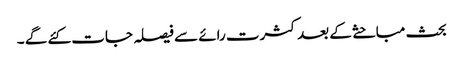
بحث مباحثے کے بعد کثرت رائے سے فیصلہ جات کئے گے ۔